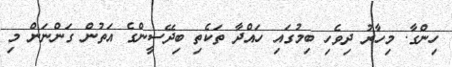
ހިންގާ. މިހާރު ދިވެހި ބިމުގައި ހައްދާ ތަކެތި ބިދޭސީންގެ އަތުން ގަންނަން މި